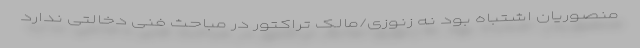
منصوریان اشتباه بود نه زنوزی/مالک تراکتور در مباحث فنی دخالتی ندارد